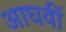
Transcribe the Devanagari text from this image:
आघवीं